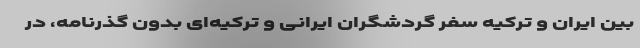
بین ایران و ترکیه سفر گردشگران ایرانی و ترکیه‌ای بدون گذرنامه، در